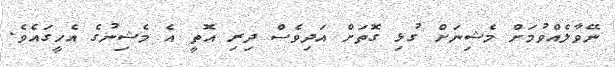
ނޭވާލެއްވުމަށް މެޝިނަށް ގުޅި ގޮތަށް އަދިވެސް ދިރި އޮތީ އެ މެޝިނުގެ އެހީގައެވެ.